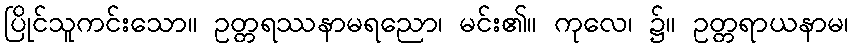
ပြိုင်သူကင်းသော။ ဥတ္တရဿနာမရညော၊ မင်း၏။ ကုလေ၊ ၌။ ဥတ္တရာယနာမ၊